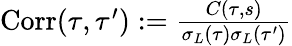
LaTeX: \begin{array}{r}{\mathrm{Corr}(\tau,\tau^{\prime}):=\frac{C(\tau,s)}{\sigma_{L}(\tau)\sigma_{L}(\tau^{\prime})}}\end{array}